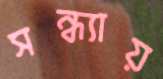
সন্ধ্যায়